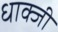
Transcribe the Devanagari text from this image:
धाक्जी